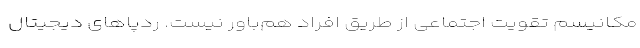
مکانیسم تقویت اجتماعی از طریق افراد هم‌باور نیست. ردپاهای دیجیتال